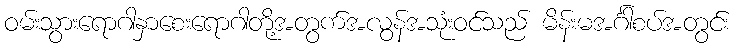
ဝမ်းသွားရောဂါနှာစေးရောဂါတို့အတွက်အလွန်အသုံးဝင်သည် မိန်းမအင်္ဂါစပ်အတွင်း